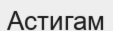
Астигам